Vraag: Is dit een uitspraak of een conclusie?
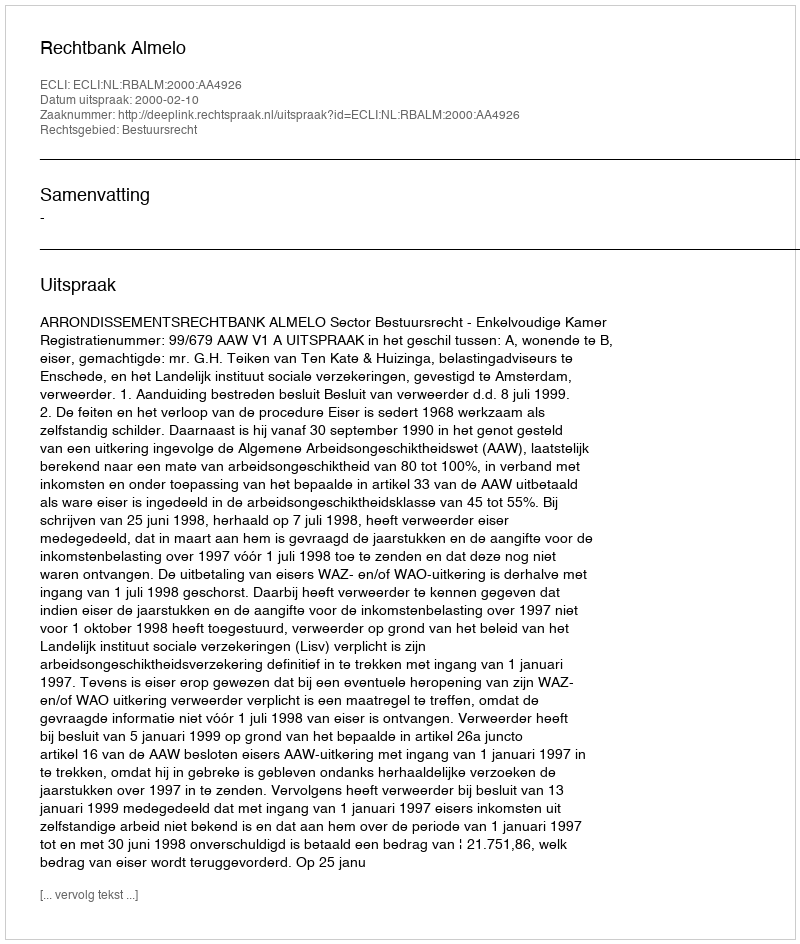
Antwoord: Uitspraak